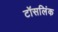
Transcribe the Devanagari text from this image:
टॉसलिंक